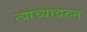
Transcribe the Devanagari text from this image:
त्याच्यावरुन